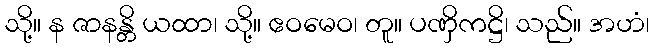
သို့။ န ဇာနန္တိ ယထာ၊ သို့။ ဧဝမေဝ၊ တူ။ ပဏှိကဋ္ဌိ၊ သည်။ အဟံ၊